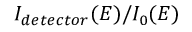
I _ { d e t e c t o r } ( E ) / I _ { 0 } ( E )